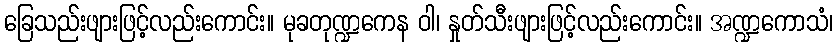
ခြေသည်းဖျားဖြင့်လည်းကောင်း။ မုခတုဏ္ဍကေန ဝါ၊ နှုတ်သီးဖျားဖြင့်လည်းကောင်း။ အဏ္ဍကောသံ၊